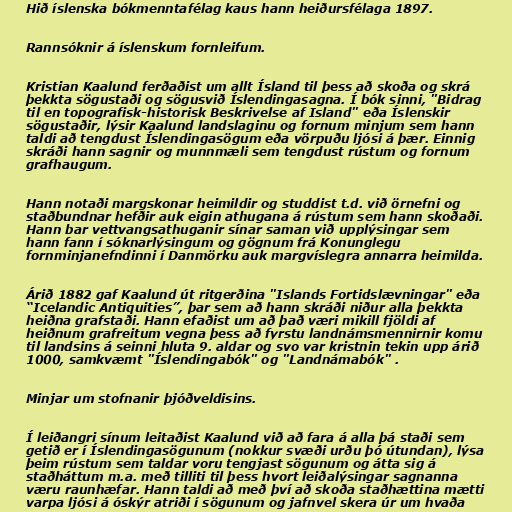
Hið íslenska bókmenntafélag kaus hann heiðursfélaga 1897.

Rannsóknir á íslenskum fornleifum.

Kristian Kaalund ferðaðist um allt Ísland til þess að skoða og skrá
þekkta sögustaði og sögusvið Íslendingasagna. Í bók sinni, "Bidrag
til en topografisk-historisk Beskrivelse af Island" eða Íslenskir
sögustaðir, lýsir Kaalund landslaginu og fornum minjum sem hann
taldi að tengdust Íslendingasögum eða vörpuðu ljósi á þær. Einnig
skráði hann sagnir og munnmæli sem tengdust rústum og fornum
grafhaugum.

Hann notaði margskonar heimildir og studdist t.d. við örnefni og
staðbundnar hefðir auk eigin athugana á rústum sem hann skoðaði.
Hann bar vettvangsathuganir sínar saman við upplýsingar sem
hann fann í sóknarlýsingum og gögnum frá Konunglegu
fornminjanefndinni í Danmörku auk margvíslegra annarra heimilda.

Árið 1882 gaf Kaalund út ritgerðina "Islands Fortidslævningar" eða
“Icelandic Antiquities”, þar sem að hann skráði niður alla þekkta
heiðna grafstaði. Hann efaðist um að það væri mikill fjöldi af
heiðnum grafreitum vegna þess að fyrstu landnámsmennirnir komu
til landsins á seinni hluta 9. aldar og svo var kristnin tekin upp árið
1000, samkvæmt "Íslendingabók" og "Landnámabók" .

Minjar um stofnanir þjóðveldisins.

Í leiðangri sínum leitaðist Kaalund við að fara á alla þá staði sem
getið er í Íslendingasögunum (nokkur svæði urðu þó útundan), lýsa
þeim rústum sem taldar voru tengjast sögunum og átta sig á
staðháttum m.a. með tilliti til þess hvort leiðalýsingar sagnanna
væru raunhæfar. Hann taldi að með því að skoða staðhættina mætti
varpa ljósi á óskýr atriði í sögunum og jafnvel skera úr um hvaða